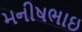
મનીષભાઇ